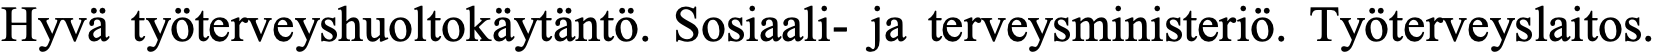
Hyvä työterveyshuoltokäytäntö. Sosiaali- ja terveysministeriö. Työterveyslaitos.